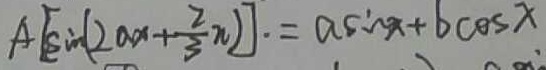
A [ \sin ( 2 a x + \frac { 2 } { 3 } n ) ] = a \sin x + b \cos x